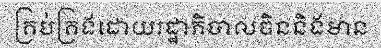
គ្រប់គ្រងដោយរដ្ឋាភិបាលចិននិងមាន